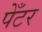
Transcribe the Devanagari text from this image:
पेँटर